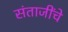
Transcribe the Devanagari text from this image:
संताजींचे